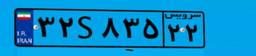
۰۲S۷۰۲۷۴